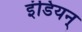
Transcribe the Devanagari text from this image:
इंडियन्